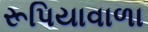
રૂપિયાવાળા